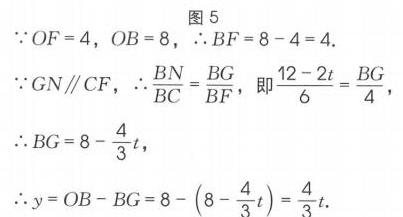
图5
\(\because OF = 4\)，\(OB = 8\)，\(\therefore BF=8 - 4 = 4\).
\(\because GN\parallel CF\)，\(\therefore \dfrac{BN}{BC}=\dfrac{BG}{BF}\)，即\(\dfrac{12 - 2t}{6}=\dfrac{BG}{4}\)，
\(\therefore BG = 8-\dfrac{4}{3}t\)，
\(\therefore y=OB - BG=8-\left(8-\dfrac{4}{3}t\right)=\dfrac{4}{3}t\).